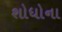
શોધોના